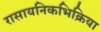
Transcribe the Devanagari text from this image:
रासायनिकभिक्रिया